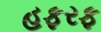
હફરફ